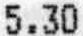
5.30